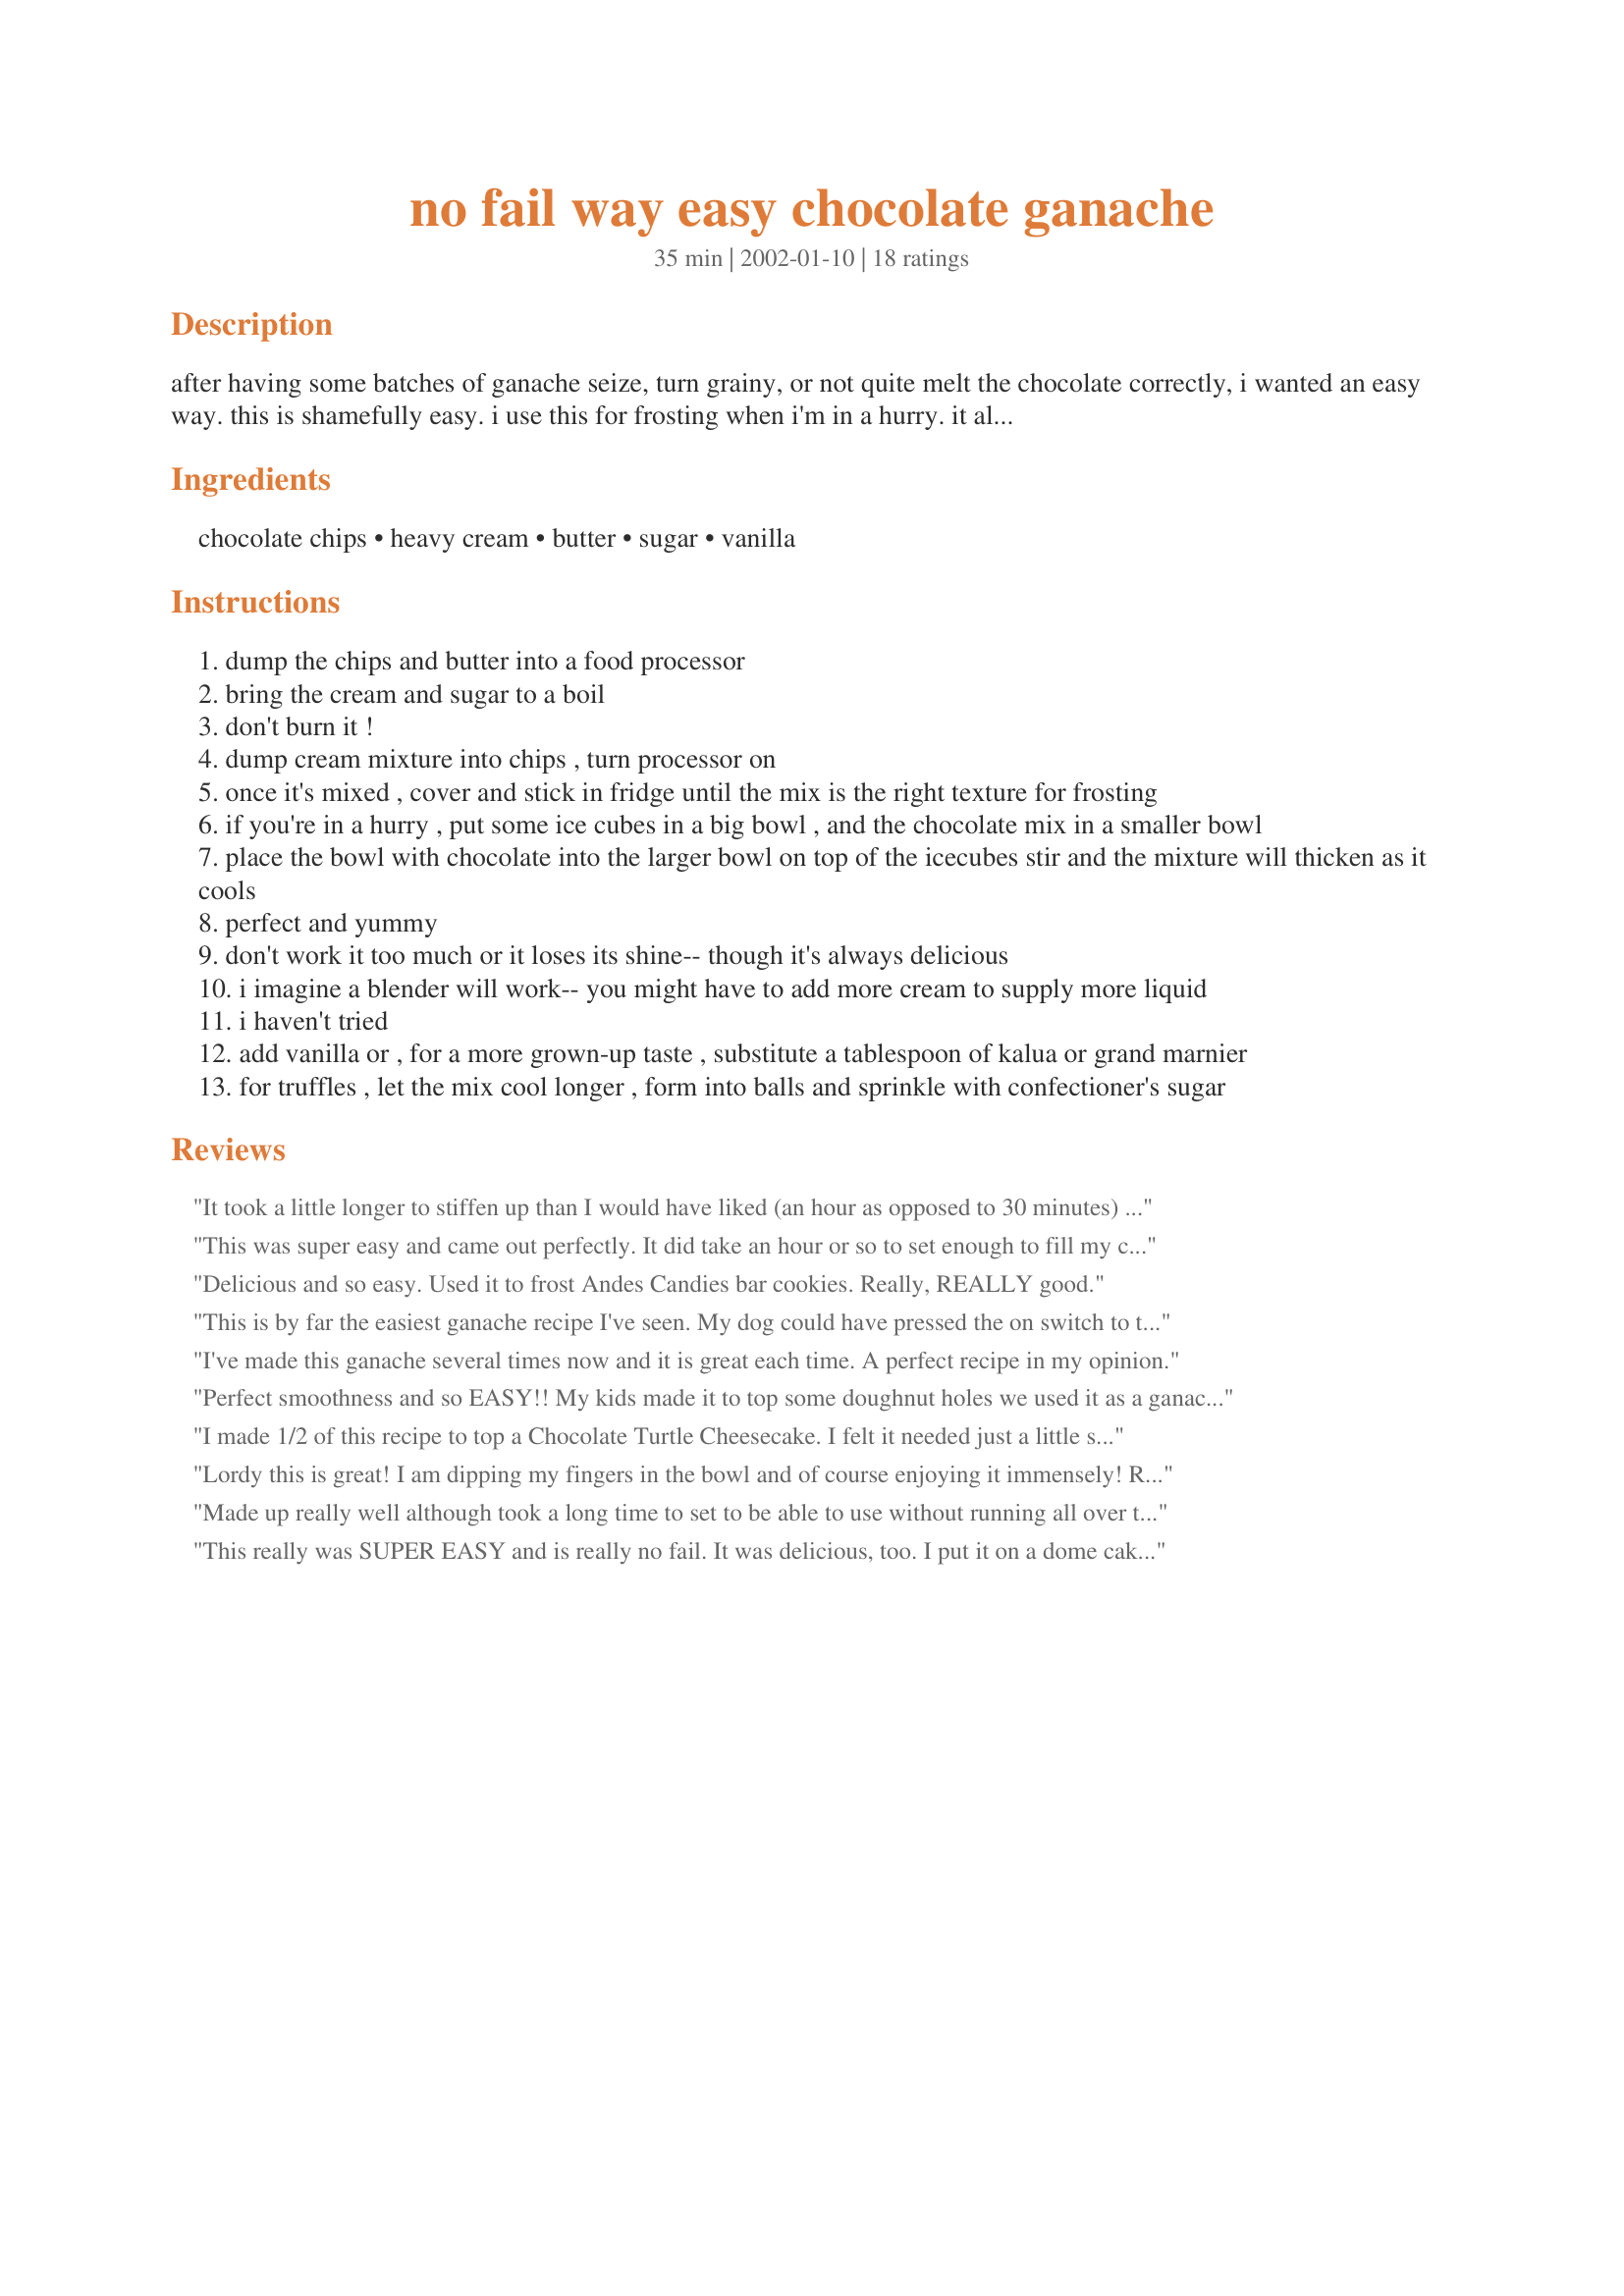
no fail way easy chocolate ganache
Preparation time: 35 minutes

after having some batches of ganache seize, turn grainy, or not quite melt the chocolate correctly, i wanted an easy way. this is shamefully easy. i use this for frosting when i'm in a hurry. it also can be shaped into balls that people who aren't purists might call truffles. about 5 minutes to make, about 30 or more to cool. (unless you use the speedier, more labor intensive meth

Ingredients:
chocolate chips, heavy cream, butter, sugar, vanilla

Steps:
dump the chips and butter into a food processor
bring the cream and sugar to a boil
don't burn it !
dump cream mixture into chips , turn processor on
once it's mixed , cover and stick in fridge until the mix is the right texture for frosting
if you're in a hurry , put some ice cubes in a big bowl , and the chocolate mix in a smaller bowl
place the bowl with chocolate into the larger bowl on top of the icecubes stir and the mixture will thicken as it cools
perfect and yummy
don't work it too much or it loses its shine-- though it's always delicious
i imagine a blender will work-- you might have to add more cream to supply more liquid
i haven't tried
add vanilla or , for a more grown-up taste , substitute a tablespoon of kalua or grand marnier
for truffles , let the mix cool longer , form into balls and sprinkle with confectioner's sugar

Reviews:
It took a little longer to stiffen up than I would have liked (an hour as opposed to 30 minutes) but it turned out great! My husband bought the wrong chips (they were milk chocolate instead of semi sweet) but it is really good with the milk chocolate.
This was super easy and came out perfectly. It did take an hour or so to set enough to fill my cake with.
Delicious and so easy. Used it to frost Andes Candies bar cookies. Really, REALLY good.
This is by far the easiest ganache recipe I've seen. My dog could have pressed the on switch to the food processor! Super tasty too- I used about 2 tablespoons of butter and 1 tablespoon of sugar with 60% bittersweet chips from Ghirardelli. Chocolatey with a tiny note of bitter.... YUM! Shiny and smooth, creamy chocolate goodness!!!! It deserves 10 stars!
I've made this ganache several times now and it is great each time. A perfect recipe in my opinion.
Perfect smoothness and so EASY!! My kids made it to top some doughnut holes we used it as a ganache. I did have to substitute the Heavy Cream with 3/4 c. of milk and a 1/3 c of butter as I had no Heavy Cream in the fridge but next time I will use the cream. It still came out great. The 30 min of set time was perfect to dunk the doughnuts in and keep it were it needed to be. We will be making this again. Thanks for posting this.
I made 1/2 of this recipe to top a Chocolate Turtle Cheesecake. I felt it needed just a little something to put it over the top. This is it!
Lordy this is great! I am dipping my fingers in the bowl and of course enjoying it immensely! Rolled these in different ingredients such as: coconut, crushed pecans, crushed walnuts, and chocolate sprinkles. Oh yummy, going to make these regularly! Now I am not going to like you very much because MY HIPS are liking this too much. Kept them in the fridge but kept opening it up to be able to sneak an additional one or two.
Made up really well although took a long time to set to be able to use without running all over the cake.
This really was SUPER EASY and is really no fail. It was delicious, too. I put it on a dome cake---white cake with chocolate mousse inside covered with chocolate ganache. Yummy. I will definitely be using this recipe again. I used 3 tbsp of butter and 1 tbsp sugar. I only let the ganache cool for about 10 minutes before putting it on the cake--if you let it cool too long, it will get very hard which would be perfect for shaping truffles. The cake had a nice sheen and looked very attractive. UPDATE: I also use this as filling when I decorate cakes and it gets lots of rave reviews. I tend to make this in half batches and that is the perfect amount for covering a cheesecake or for filling a cake.
I didn't love-love this the first time I made it. But this time I used a slightly softer chocolate, 4 oz of butter, and 1/2 a cup of powdered sugar ilo the granulated and am completely in love-love with this. Thanks for such a fabulous recipe!! It's beautifully residing on one of my mint-chocolate cakes at the moment. :)
Fabulous, quick and easy. This will be our go-to icing from now on. Thanks!!!
This was excellent! I frosted a small cake with 1/2 of the recipe and we ate the rest as candy. I followed the recipe exactly and it could not have been easier. I will be making this often.
I&#039;ve never made ganache before, so I was sold on this recipe by the name. I was really surprised by how EASY and GOOD this recipe is. This is a keeper, why should I try anything else??
Loved it. I made it as truffles and rolled them in different ingredients like nuts, sprinkles, cocoa, etc. It did take a long time (about 5 hours) to get to the consistency to roll but I guess I could have used the ice method mentioned. They also were really soft so they were better refrigerated, but they still had great flavor and were gone pretty quick. By the way, it made about 42 medium-sized truffles.
Mmmmmmmm!!!!
I used Bird's NY Cheesecake recipe, but baked it in individual custard cups and after it cooled, I covered each with this Chocolate ganache . . . Mmmmmmmmm.

I didn't have any cream, so I used 3/4 cup of evaporated milk and 1/2 stick of butter instead . . . I will be saving this recipe to frost a chocolate cake . . . Its easy and YUMMY!!! Thanks for sharing!

Blessings!
I cooked, mixed, and served this recipe over cheesecake in about 10 minutes!!! It was SO delicious! GREAT and simple recipe!
I have a small baking business and was searching for an easy ganache recipe. I used this one for a drizzle on a double chocolate bundt cake and for the chocolate covered strawberries in the center and surrounding the cake. Fantastic presentation for a dinner party and so very easy to make! I used semi sweet chips and followed the recipe exactly. It was enough for the cake, fifteen strawberries and a few left over for my husband and myself! Bueno!!!
